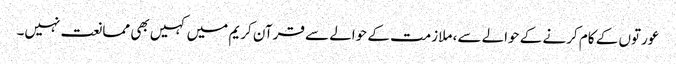
عورتوں کے کام کرنے کے حوالے سے، ملازمت کے حوالے سے قرآن کریم میں کہیں بھی ممانعت نہیں۔